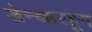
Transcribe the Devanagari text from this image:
डेन्व्हरहून